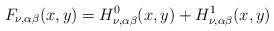
LaTeX: \begin{align*}F_{\nu,\alpha\beta}(x,y)=H^0_{\nu,\alpha\beta}(x,y)+H^1_{\nu,\alpha\beta}(x,y)\end{align*}